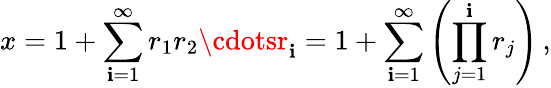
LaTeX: x=1+\sum_{\mathbf{i}=1}^{\infty}r_{1}r_{2}\cdotsr_{\mathbf{i}}=1+\sum_{\mathbf{i}=1}^{\infty}\left(\prod_{j=1}^{\mathbf{i}}r_{j}\right)\, ,